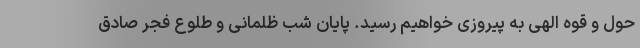
حول و قوه الهی به پیروزی خواهیم رسید. پایان شب ظلمانی و طلوع فجر صادق